Annual report on the working of the lock hospitals in the Central Provinces
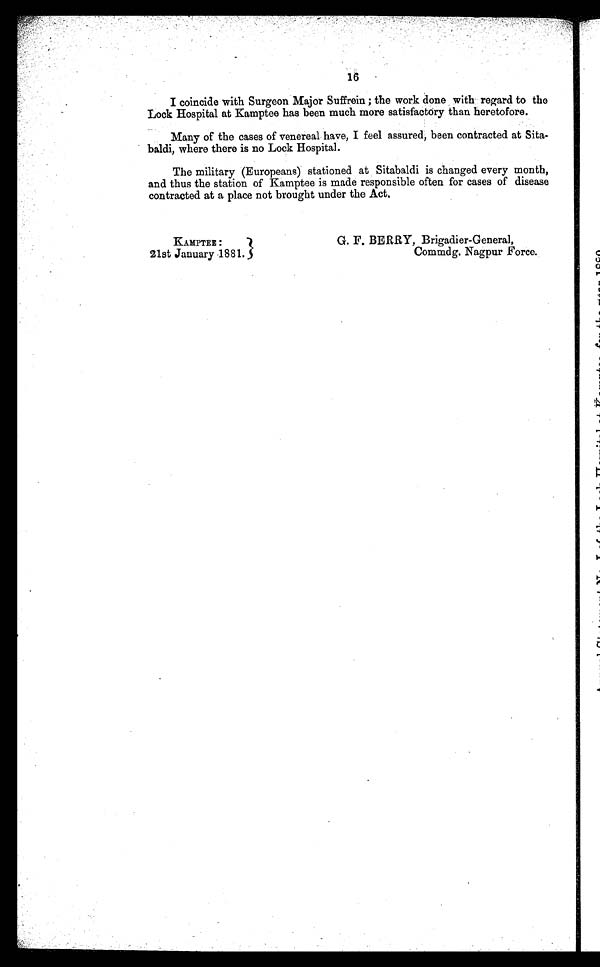
I coincide with Surgeon Major Suffrein ; the work done with regard to the
Lock Hospital at Kamptee has been much more satisfactory than heretofore.
Many of the cases of venereal have, I feel assured, been contracted at Sita-
baldi, where there is no Lock Hospital.
The military (Europeans) stationed at Sitabaldi is changed every month,
and thus the station of Kamptee is made responsible often for cases of disease
contracted at a place not brought under the Act.
KAMPTEE :
21st January 1881.
G. F. BERRY, Brigadier-General,
Commdg, Nagpur Force.